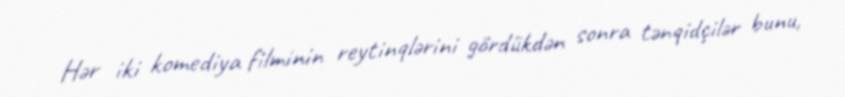
Hər iki komediya filminin reytinqlərini gördükdən sonra tənqidçilər bunu,